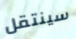
سينتقل